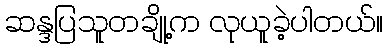
ဆန္ဒပြသူတချို့က လုယူခဲ့ပါတယ်။